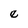
Character: e